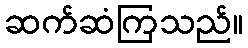
ဆက်ဆံကြသည်။